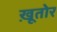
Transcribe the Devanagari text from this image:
ख़ूतोर